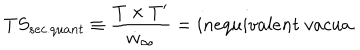
T S _ { s e c . q u a n t } \equiv \frac { T \times T ^ { \prime } } { \dot { w } _ { \infty } } = i n e q u i v a l e n t \; v a c u a .